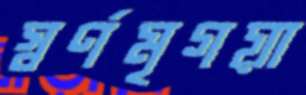
স্বর্ণমৃগয়া